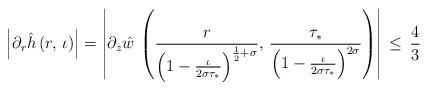
LaTeX: \begin{align*}\left|\partial_{r}\hat{h}\left(r,\,\iota\right)\right|=\left|\partial_{z}\hat{w}\,\left(\frac{r}{\left(1-\frac{\iota}{2\sigma\tau_{*}}\right)^{\frac{1}{2}+\sigma}},\,\frac{\tau_{*}}{\left(1-\frac{\iota}{2\sigma\tau_{*}}\right)^{2\sigma}}\right)\right|\,\leq\,\frac{4}{3}\end{align*}